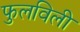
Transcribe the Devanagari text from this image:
फुलविली